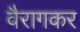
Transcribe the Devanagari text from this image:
वैरागकर